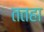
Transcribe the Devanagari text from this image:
ततहा